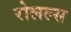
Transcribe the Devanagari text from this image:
रोलल्स